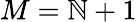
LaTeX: M=\mathbb{N}+1